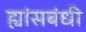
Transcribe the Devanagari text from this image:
ह्यांसबंधी